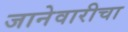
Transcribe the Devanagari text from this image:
जानेवारीचा